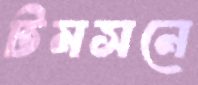
টমসনে